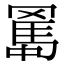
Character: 𦋱